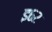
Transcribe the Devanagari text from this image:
इ६२